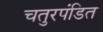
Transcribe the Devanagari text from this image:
चतुरपंडित